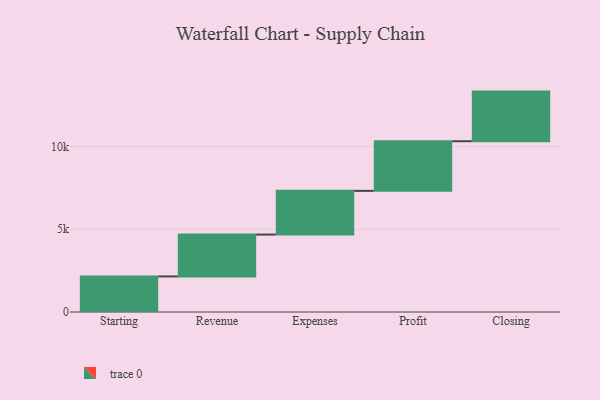
{"axis": {"x": "Step", "y": "Value"}, "legend": [""], "data": [{"x": "Starting", "y": 2151.0, "type": ""}, {"x": "Revenue", "y": 2530.0, "type": ""}, {"x": "Expenses", "y": 2642.0, "type": ""}, {"x": "Profit", "y": 3000, "type": ""}, {"x": "Closing", "y": 3000, "type": ""}]}